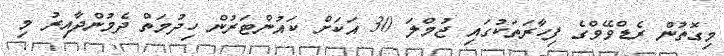
މިގޮތުން ރެޑްވޭވްގެ ފިހާރަތަކުގައި ޖުމްލަ 30 އަކަށް ކައުންޓަރުން ހިދުމަތް ދެމުންދާއިރު މި